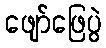
ဖျော်ဖြေပွဲ